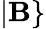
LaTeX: |\mathbf{B}\}